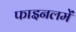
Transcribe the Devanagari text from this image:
फाइनलमें